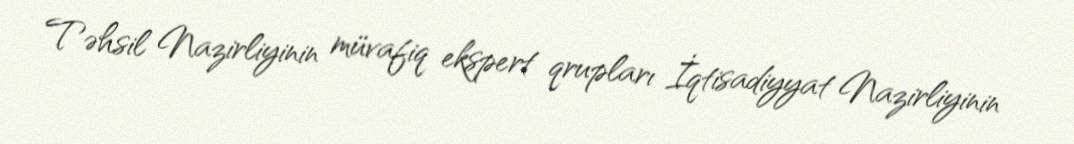
Təhsil Nazirliyinin müvafiq ekspert qrupları İqtisadiyyat Nazirliyinin